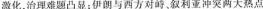
激化，治理难题凸显；伊朗与西方对峙、叙利亚冲突量大热点